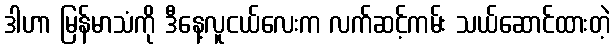
ဒါဟာ မြန်မာသံကို ဒီနေ့လူငယ်လေးက လက်ဆင့်ကမ်း သယ်ဆောင်ထားတဲ့